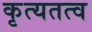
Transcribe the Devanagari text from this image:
कृत्यतत्व